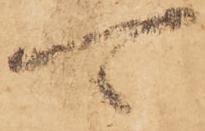
可